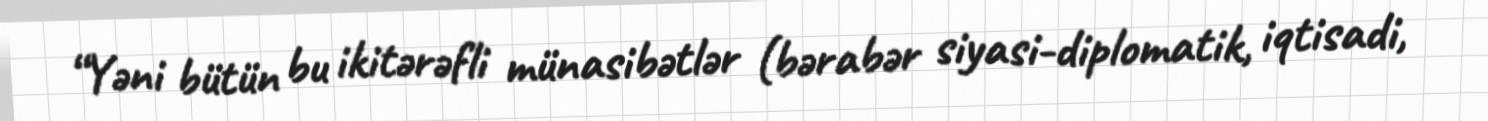
“Yəni bütün bu ikitərəfli münasibətlər (bərabər siyasi-diplomatik, iqtisadi,